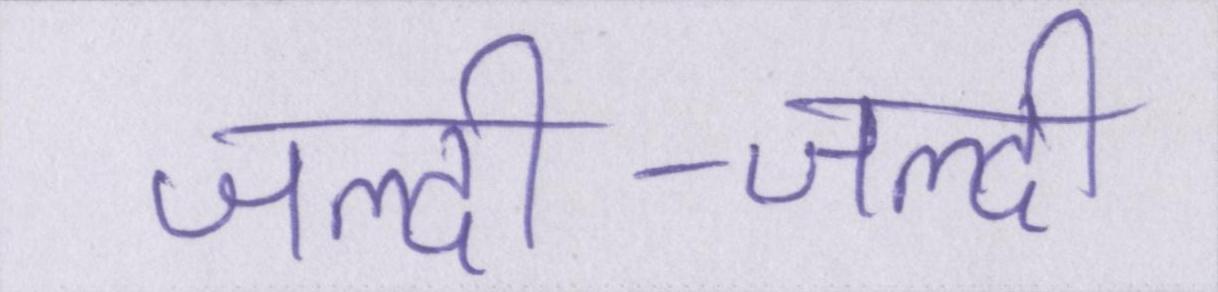
जल्दी-जल्दी